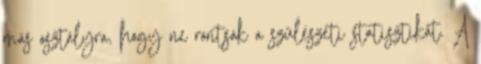
más osztályra, hogy ne rontsák a szülészeti statisztikát. A